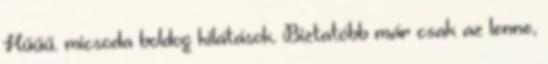
Hűűű. micsoda boldog kilátások. Biztatóbb már csak az lenne,